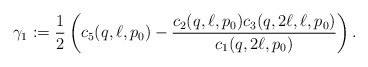
\begin{align*}\gamma_1 := \frac{1}{2} \left( c_5(q,\ell,p_0) - \frac{c_2(q,\ell,p_0)c_3(q,2\ell,\ell,p_0)}{c_1(q,2\ell,p_0)} \right).\end{align*}